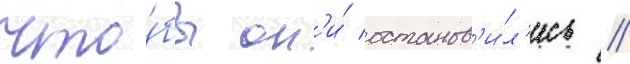
что́бы он'и́ останов'и́л'ись //